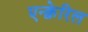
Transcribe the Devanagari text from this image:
एन्क्वेरिल